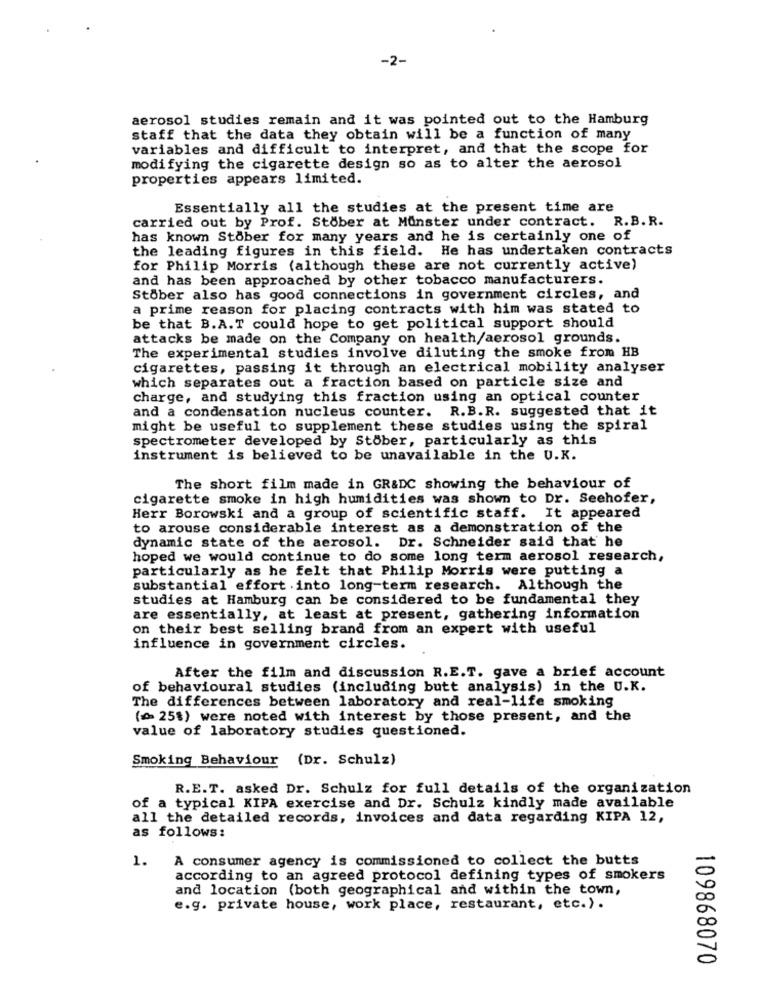
-2-
aerosol studies remain and it was pointed out to the Hamburg
staff that the data they obtain will be a function of many
variables and difficult to interpret, and that the scope for
modifying the cigarette design so as to alter the aerosol
properties appears limited.
Essentially all the studies at the present time are
carried out by Prof. Stober at Munster under contract. R.B. R.
has known Stober for many years and he is certainly one of
the leading figures in this field. He has undertaken contracts
for Philip Morris (although these are not currently active)
and has been approached by other tobacco manufacturers.
Stober also has good connections in government circles, and
a prime reason for placing contracts with him was stated to
be that B.A.T could hope to get political support should
attacks be made on the Company on health/aerosol grounds.
The experimental studies involve diluting the smoke from HB
cigarettes, passing it through an electrical mobility analyser
which separates out a fraction based on particle size and
charge, and studying this fraction using an optical counter
and a condensation nucleus counter. R.B.R. suggested that it
might be useful to supplement these studies using the spiral
spectrometer developed by Stober, particularly as this
instrument is believed to be unavailable in the U.K.
The short film made in GR&DC showing the behaviour of
cigarette smoke in high humidities was shown to Dr. Seehofer,
Herr Borowski and a group of scientific staff. It appeared
to arouse considerable interest as a demonstration of the
dynamic state of the aerosol. Dr. Schneider said that he
hoped we would continue to do some long term aerosol research,
particularly as he felt that Philip Morris were putting a
substantial effort into long-term research. Although the
studies at Hamburg can be considered to be fundamental they
are essentially, at least at present, gathering information
on their best selling brand from an expert with useful
influence in government circles.
After the film and discussion R.E.T. gave a brief account
of behavioural studies (including butt analysis) in the U.K.
The differences between laboratory and real-life smoking
( 25%) were noted with interest by those present, and the
value of laboratory studies questioned.
Smoking Behaviour (Dr. Schulz)
R.E.T. asked Dr. Schulz for full details of the organization
of a typical KIPA exercise and Dr. Schulz kindly made available
all the detailed records, invoices and data regarding KIPA 12,
as follows:
A consumer agency is commissioned to collect the butts
1.
according to an agreed protocol defining types of smokers
and location (both geographical and within the town,
e.g. private house, work place, restaurant, etc.).
109868070